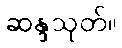
ဆန္ဒသုတ်။